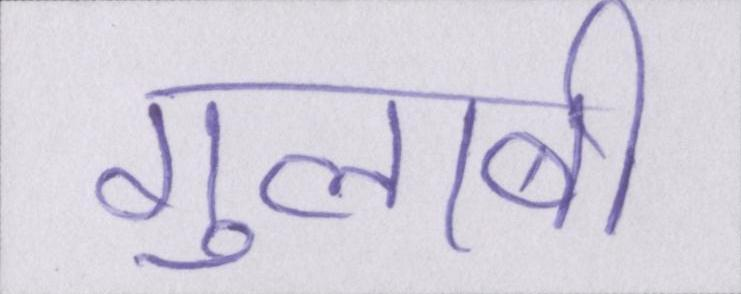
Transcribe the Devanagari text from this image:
गुलाबी